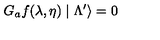
G _ { a } f ( \lambda , \eta ) \mid \Lambda ^ { \prime } \rangle = 0